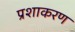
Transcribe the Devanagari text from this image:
प्रशाकरण